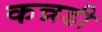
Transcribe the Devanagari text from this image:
कन्नडी